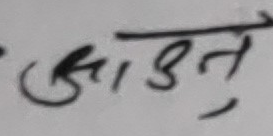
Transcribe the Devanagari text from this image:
आउनु